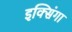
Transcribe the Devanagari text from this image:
इक्सिंगा